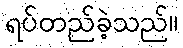
ရပ်တည်ခဲ့သည်။